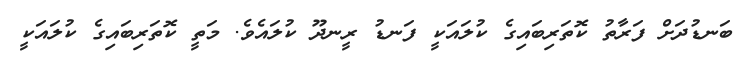
ބަނޑުދަށް ފަރާތު ކޮތަރިބައިގެ ކުލައަކީ ފަނޑު ރީނދޫ ކުލައެވެ. މަތީ ކޮތަރިބައިގެ ކުލައަކީ